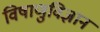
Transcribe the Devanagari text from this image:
विषाणुविज्ञान